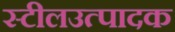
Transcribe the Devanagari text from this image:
स्टीलउत्पादक